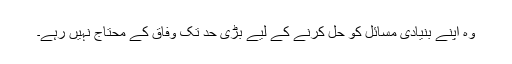
وہ اپنے بنیادی مسائل کو حل کرنے کے لیے بڑی حد تک وفاق کے محتاج نہیں رہے۔